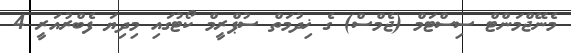
މެނޭޖްމަންޓް ސިސްޓަމް (ޖެމްސް) ގެ ޚިދުމަތް ސުޕްރީމް ކޯޓުގައި މިދިޔަ ފެބްރުއަރީ 4